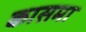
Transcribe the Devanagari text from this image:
कासमा